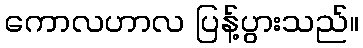
ကောလဟာလ ပြန့်ပွားသည်။